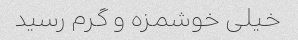
خیلی خوشمزه و گرم رسید